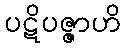
ပဋိပဇ္ဇာဟိ